Supplement to the account of plague administration in the Bombay Presidency from September 1896 till May 1897
Year: 1896
Disease focus: Plague
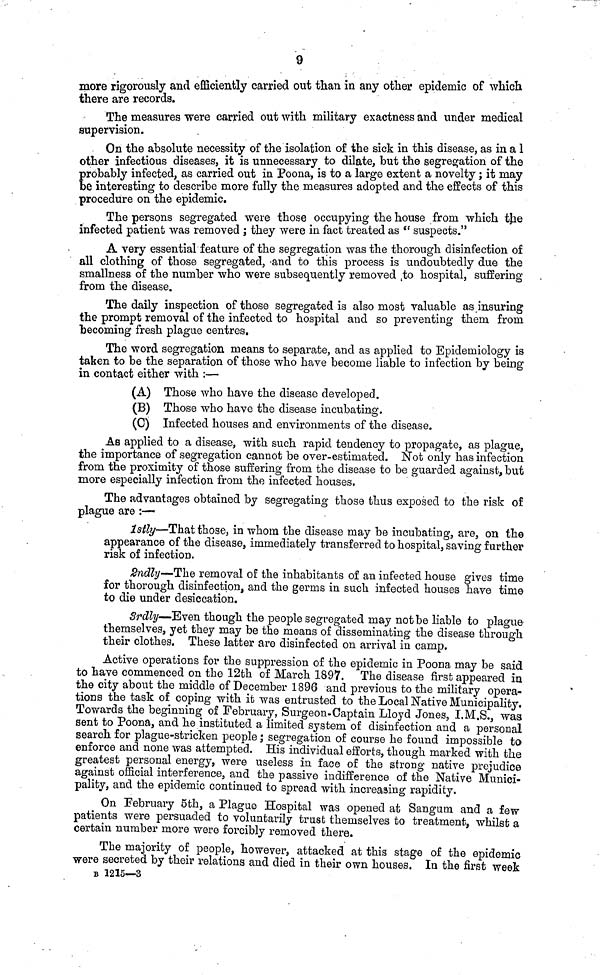
9
more rigorously and efficiently carried out than in any other epidemic of which
there are records.
The measures were carried out with military exactness and under medical
supervision.
On the absolute necessity of the isolation of the sick in this disease, as in a 1
other infectious diseases, it is unnecessary to dilate, but the segregation of the
probably infected, as carried out in Poona, is to a large extent a novelty ; it may
be interesting to describe more fully the measures adopted and the effects of this
procedure on the epidemic.
The persons segregated were those occupying the house from which the
infected patient was removed ; they were in fact treated as "suspects."
A very essential feature of the segregation was the thorough disinfection of
all clothing of those segregated, and to this process is undoubtedly due the
smallness of the number who were subsequently removed to hospital, suffering
from the disease.
The daily inspection of those segregated is also most valuable as insuring
the prompt removal of the infected to hospital and so preventing them from
becoming fresh plague centres.
The word segregation means to separate, and as applied to Epidemiology is
taken to be the separation of those who have become liable to infection by being
in contact either with :—
(A) Those who have the disease developed.
(B) Those who have the disease incubating.
(C) Infected houses and environments of the disease.
As applied to a disease, with such rapid tendency to propagate, as plague,
the importance of segregation cannot be over-estimated. Not only has infection
from the proximity of those suffering from the disease to be guarded against, but
more especially infection from the infected houses.
The advantages obtained by segregating those thus exposed to the risk of
plague are :—
1stly—That those, in whom the disease may be incubating, are, on the
appearance of the disease, immediately transferred to hospital, saving further
risk of infection.
2ndly—The removal of the inhabitants of an infected house gives time
for thorough disinfection, and the germs in such infected houses have time
to die under desiccation.
3rdly—Even though the people segregated may not be liable to plague
themselves, yet they may be the means of disseminating the disease through
their clothes. These latter are disinfected on arrival in camp.
Active operations for the suppression of the epidemic in Poona may be said
to have commenced on the 12th of March 1897. The disease first appeared in
the city about the middle of December 1896 and previous to the military opera-
tions the task of coping with it was entrusted to the Local Native Municipality.
Towards the beginning of February, Surgeon-Captain Lloyd Jones, I. M.S., was
sent to Poona, and he instituted a limited system of disinfection and a personal
search for plague-stricken people ; segregation of course he found impossible to
enforce and none was attempted. His individual efforts, though marked with the
greatest personal energy, were useless in face of the strong native prejudice
against official interference, and the passive indifference of the Native Munici-
pality, and the epidemic continued to spread with increasing rapidity.
On February 5th, a Plague Hospital was opened at Sangum and a few
patients were persuaded to voluntarily trust themselves to treatment, whilst a
certain number more were forcibly removed there.
The majority of people, however, attacked at this stage of the epidemic
were secreted by their relations and died in their own houses. In the first week
B 1215—3